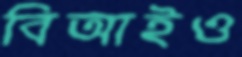
বিআইও